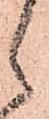
候